Leaving Certificate Examination (including Day School Certificate (Higher) General paper), 1934
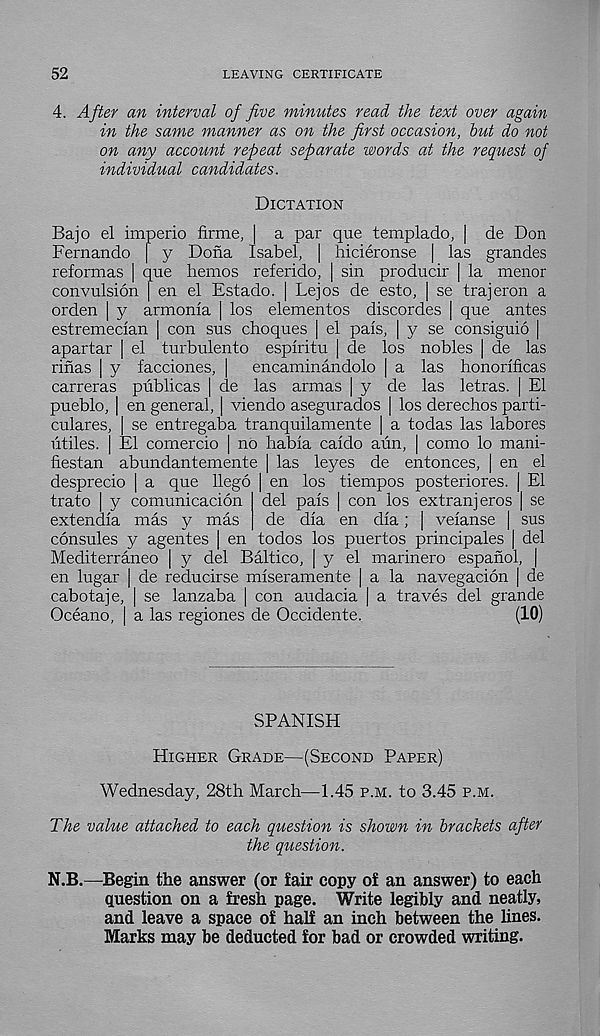
52
LEAVING CERTIFICATE
4. After an interval of five minutes read the text over again
in the same manner as on the first occasion, but do not
on any account repeat separate words at the request of
individual candidates.
Dictation
Bajo el imperio firme, | a par que templado, | de Don
Fernando | y Dona Isabel, | hicieronse | las grandes
reformas | que hemos referido, | sin producir | la menor
convulsion | en el Estado. | Lejos de esto, | se trajeron a
orden | y armonla | los elementos discordes | que antes
estremedan ] con sus cheques | el pals, | y se consiguio |
apartar | el turbulento esplritu | de los nobles | de las
rinas | y facciones, |
encaminandolo | a las honorlficas
carreras publicas | de las armas | y de las letras. | El
pueblo, | en general, ] viendo asegurados [ los derechos parti-
culares, | se entregaba tranquilamente | a todas las labores
utiles. | El comercio | no habla caido arm, | como lo mani-
liestan abundantemente | las leyes de entonces, | en el
desprecio | a que llego | en los tiempos posteriores. | El
trato | y comunicacion del pais | con los extranjeros | se
extendia mas y mas
de dla en dla; | velanse | sus
consules y agentes | en todos los puertos principales | del
Mediterraneo | y del Baltico, | y el marinero espanol, |
en lugar | de reducirse mlseramente | a la navegacion [ de
cabotaje, | se lanzaba | con audacia | a traves del grande
Oceano, | a las regiones de Occidente.
(10)
SPANISH
Higher Grade—(Second Paper)
Wednesday, 28th March—1.45 p.m. to 3.45 p.m.
The value attached to each question is shown in brackets after
the question.
N.B.—Begin the answer (or fair copy of an answer) to each
question on a fresh page. Write legibly and neatly,
and leave a space of half an inch between the lines.
Marks may be deducted for bad or crowded writing.